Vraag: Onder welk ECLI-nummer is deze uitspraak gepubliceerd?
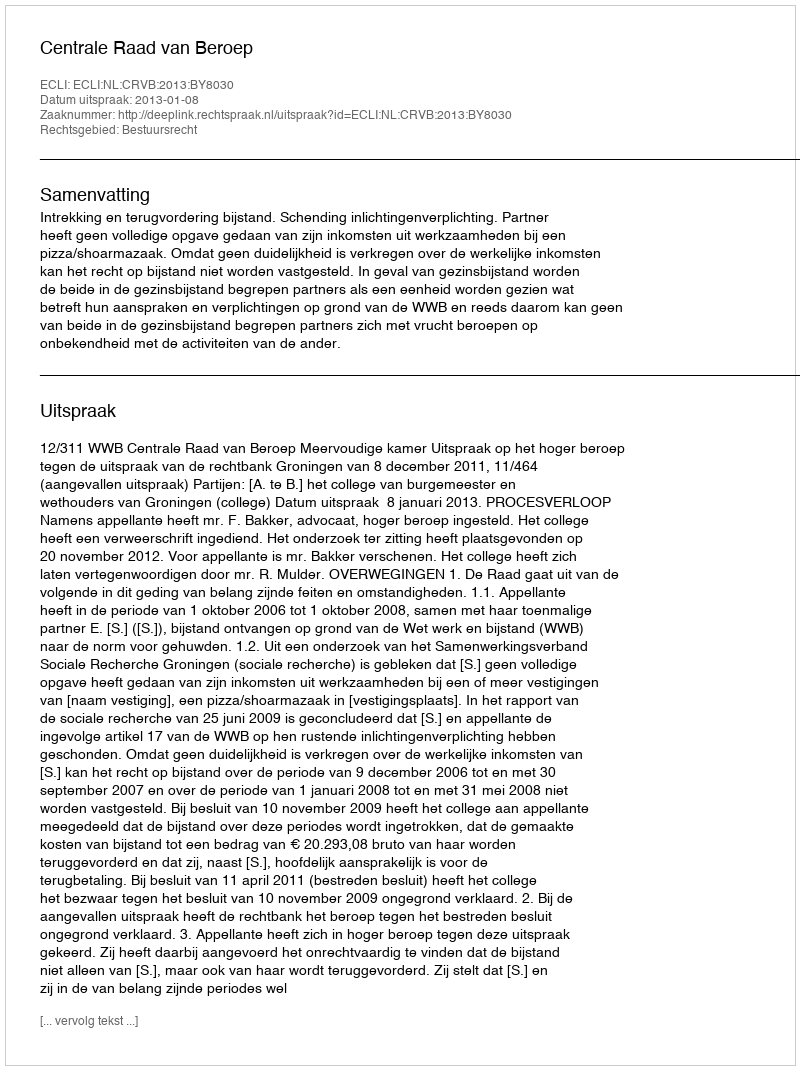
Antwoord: ECLI:NL:CRVB:2013:BY8030